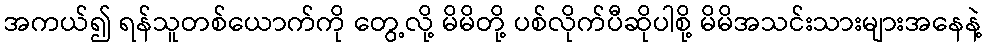
အကယ်၍ ရန်သူတစ်ယောက်ကို တွေ့လို့ မိမိတို့ ပစ်လိုက်ပီဆိုပါစို့ မိမိအသင်းသားများအနေနဲ့